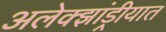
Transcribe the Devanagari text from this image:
अलेक्झांड्रीयात